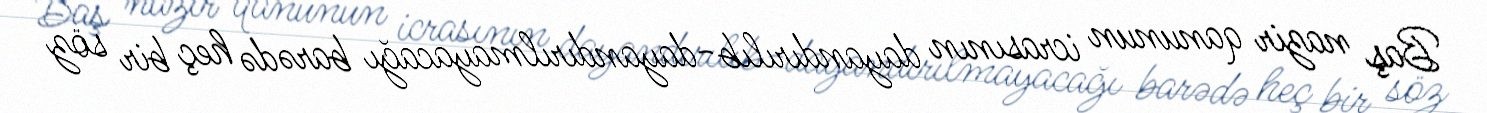
Baş nazir qanunun icrasının dayandırılıb-dayandırılmayacağı barədə heç bir söz